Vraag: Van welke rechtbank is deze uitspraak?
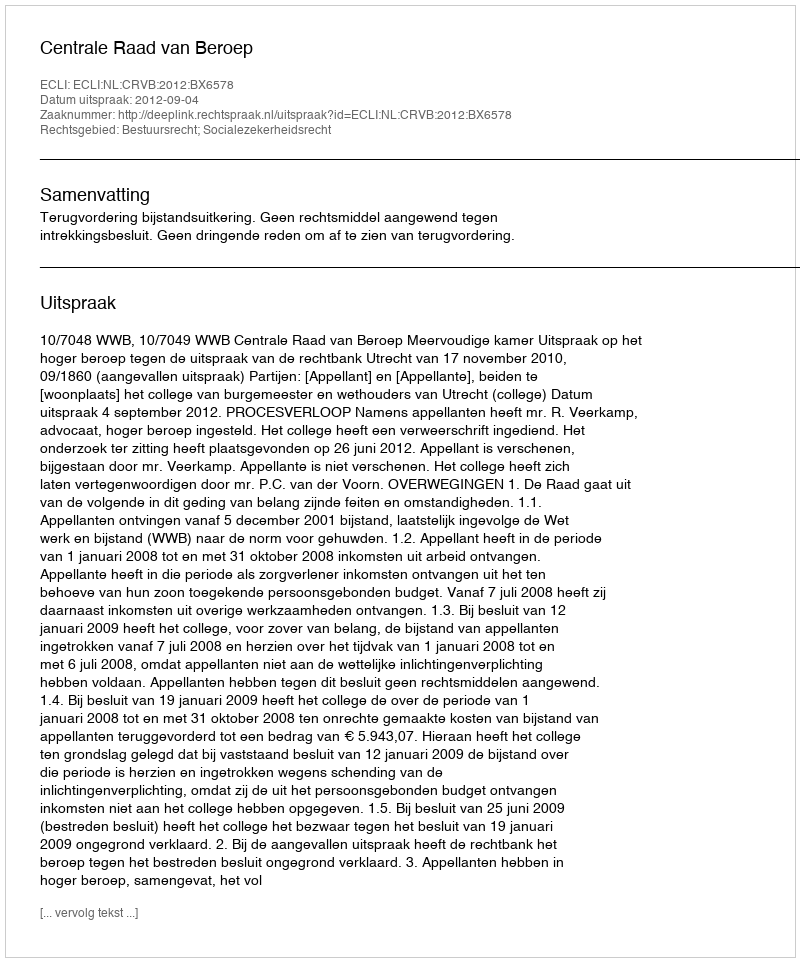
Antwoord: Centrale Raad van Beroep